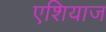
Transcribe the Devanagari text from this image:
एशियाज